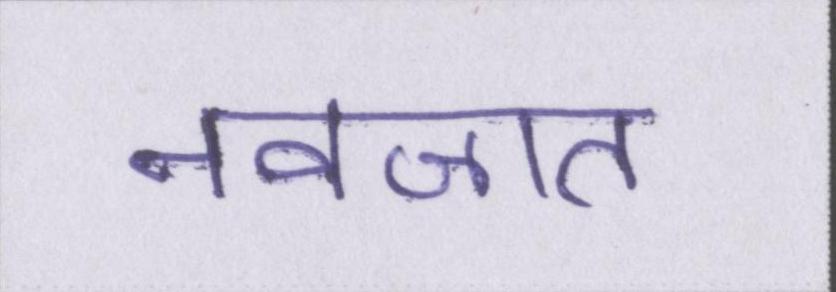
नवजात